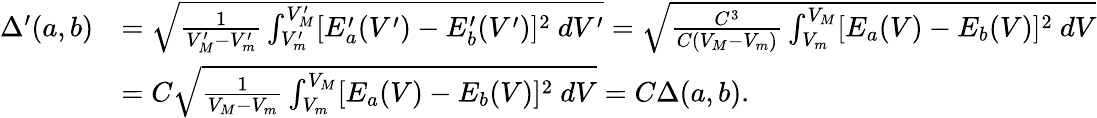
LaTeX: \begin{array}{rl}{\Delta^{\prime}(a,b)}&{=\sqrt{\frac{1}{V_{M}^{\prime}-V_{m}^{\prime}}\int_{V_{m}^{\prime}}^{V_{M}^{\prime}}[E_{a}^{\prime}(V^{\prime})-E_{b}^{\prime}(V^{\prime})]^{2}~dV^{\prime}}=\sqrt{\frac{C^{3}}{C(V_{M}-V_{m})}\int_{V_{m}}^{V_{M}}[E_{a}(V)-E_{b}(V)]^{2}~dV}}\\ &{=C\sqrt{\frac{1}{V_{M}-V_{m}}\int_{V_{m}}^{V_{M}}[E_{a}(V)-E_{b}(V)]^{2}~dV}=C\Delta(a,b).}\end{array}